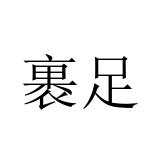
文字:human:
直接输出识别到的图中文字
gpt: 裹足